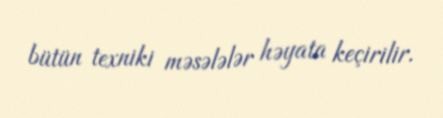
bütün texniki məsələlər həyata keçirilir.